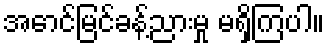
အောင်မြင်ခန့်ညားမှု မရှိကြပါ။